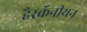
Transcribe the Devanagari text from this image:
हैरकॅनीयन